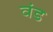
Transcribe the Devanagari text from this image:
वंड